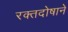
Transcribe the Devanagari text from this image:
रक्तदोषाने